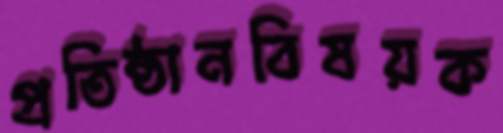
প্রতিষ্ঠানবিষয়ক